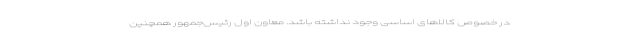
در خصوص کالاهای اساسی وجود نداشته باشد. معاون اول رئیس‌جمهور همچنین